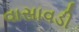
વાસાવડી